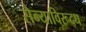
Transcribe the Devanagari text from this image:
सैन्याविरूद्ध